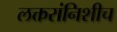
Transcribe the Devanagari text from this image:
लक्तरांनिशीच